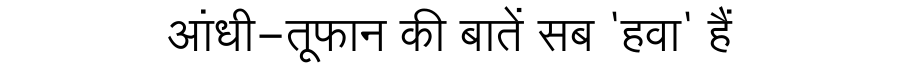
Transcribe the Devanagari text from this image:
आंधी-तूफान की बातें सब 'हवा' हैं